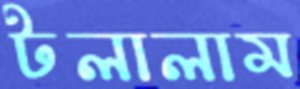
টলালাম